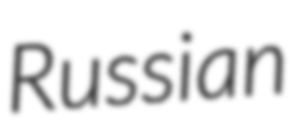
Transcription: Russian